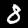
Digit: 8